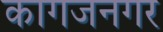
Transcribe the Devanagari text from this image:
कागजनगर